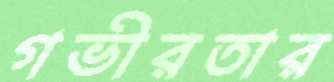
গভীরতার